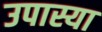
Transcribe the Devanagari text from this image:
उपास्या